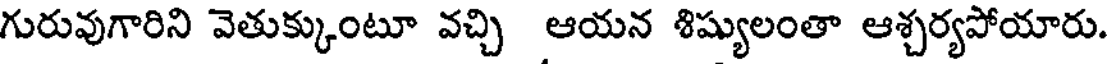
గురువుగారిని వెతుక్కుంటూ వచ్చి ఆయన శిష్యులంతా ఆశ్చర్యపోయారు.